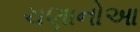
ચણાનોઆ